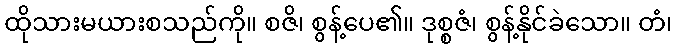
ထိုသားမယားစသည်ကို။ စဇိ၊ စွန့်ပေ၏။ ဒုစ္စဇံ၊ စွန့်နိုင်ခဲသော။ တံ၊